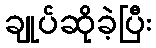
ချုပ်ဆိုခဲ့ပြီး